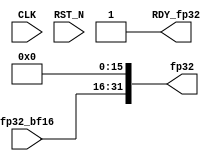
//
// Generated by Bluespec Compiler, version 2021.12.1 (build fd501401)
//
// On Sun Dec 10 11:07:26 IST 2023
//
//
// Ports:
// Name                         I/O  size props
// fp32                           O    32
// RDY_fp32                       O     1 const
// CLK                            I     1 unused
// RST_N                          I     1 unused
// fp32_bf16                      I    16
//
// Combinational paths from inputs to outputs:
//   fp32_bf16 -> fp32
//
//

`ifdef BSV_ASSIGNMENT_DELAY
`else
  `define BSV_ASSIGNMENT_DELAY
`endif

`ifdef BSV_POSITIVE_RESET
  `define BSV_RESET_VALUE 1'b1
  `define BSV_RESET_EDGE posedge
`else
  `define BSV_RESET_VALUE 1'b0
  `define BSV_RESET_EDGE negedge
`endif

module mkBF16toFP32(CLK,
		    RST_N,

		    fp32_bf16,
		    fp32,
		    RDY_fp32);
  input  CLK;
  input  RST_N;

  // value method fp32
  input  [15 : 0] fp32_bf16;
  output [31 : 0] fp32;
  output RDY_fp32;

  // signals for module outputs
  wire [31 : 0] fp32;
  wire RDY_fp32;

  // value method fp32
  assign fp32 = { fp32_bf16, 16'b0 } ;
  assign RDY_fp32 = 1'd1 ;
endmodule  // mkBF16toFP32